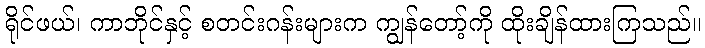
ရိုင်ဖယ်၊ ကာဘိုင်နှင့် စတင်းဂန်းများက ကျွန်တော့်ကို ထိုးချိန်ထားကြသည်။